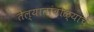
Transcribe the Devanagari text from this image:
तेल्यातांबोळ्यांचे